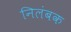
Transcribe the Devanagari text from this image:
निलंबक